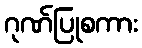
ဂုဏ်ပြုစကား